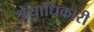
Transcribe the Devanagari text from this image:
श्रेयाधिकारी